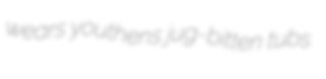
wears youthens jug-bitten tubs